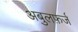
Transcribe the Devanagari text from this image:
अबुलफ़र्ज